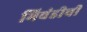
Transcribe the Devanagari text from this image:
भिवंडीची